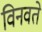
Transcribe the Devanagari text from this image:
विनवते